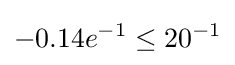
-0.14e^{-1}\leq 20^{-1}